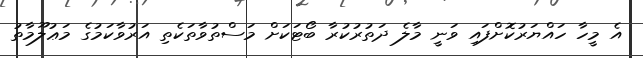
އެ މީހާ ހައްޔަރުކޮށްފައި ވަނީ މާލެ ދަތުރުކުރާ ބޯޓަކަށް މަސްތުވާތަކެތި އަރުވާކަމުގެ މަޢުލޫމާތު